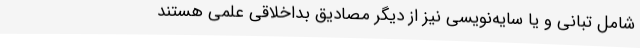
شامل تبانی و یا سایه‌نویسی نیز از دیگر مصادیق بداخلاقی علمی هستند